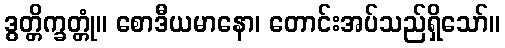
ဒွတ္တိက္ခတ္တုံ။ စောဒီယမာနော၊ တောင်းအပ်သည်ရှိသော်။